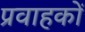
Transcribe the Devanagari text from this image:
प्रवाहकों